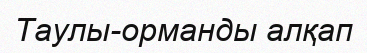
Таулы-орманды алқап